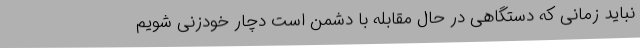
نباید زمانی که دستگاهی در حال مقابله با دشمن است دچار خودزنی شویم